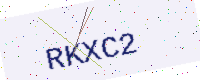
Text: RKXC2